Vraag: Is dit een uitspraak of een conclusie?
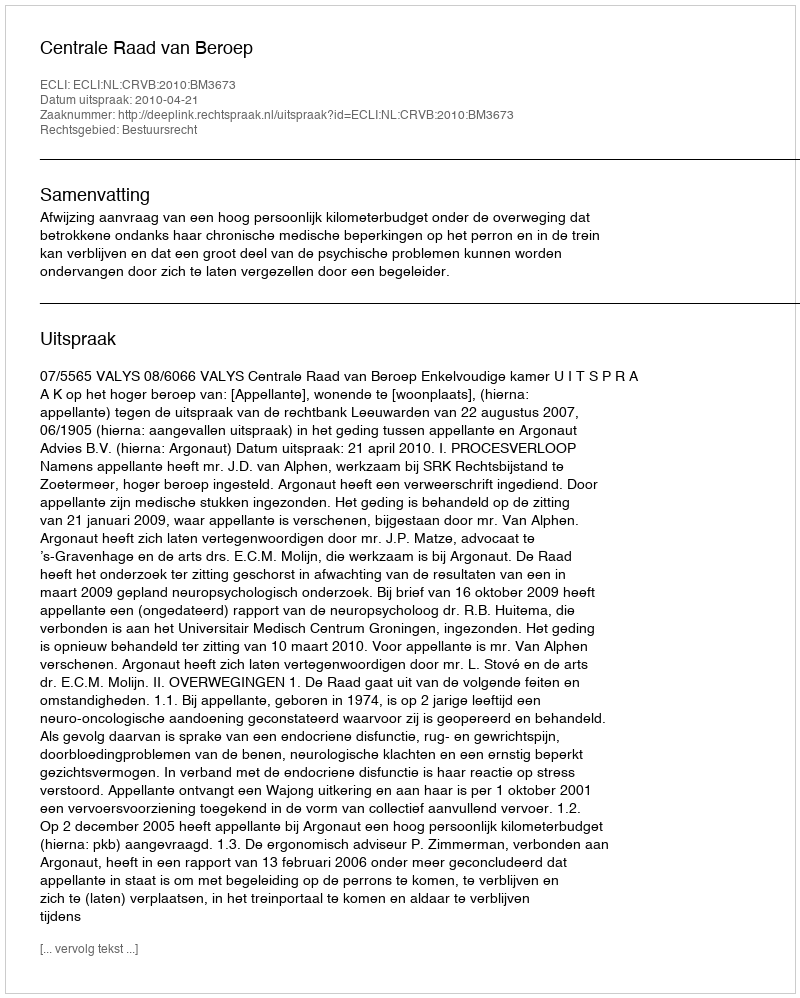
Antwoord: Uitspraak